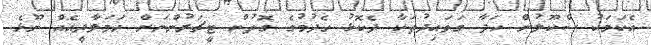
އެކަމަކު ސްކޫލުން ހަދާ ގަވައިދުތަކާ ދެކޮޅު ހެދުމުގެ ގޮތުން ޓީޗަރުންނަށް ހަމަލާދީއެއް ނޫޅެ